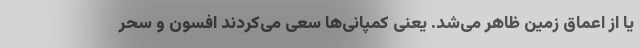
یا از اعماق زمین ظاهر می‌شد. یعنی کمپانی‌ها سعی می‌کردند افسون و سحر